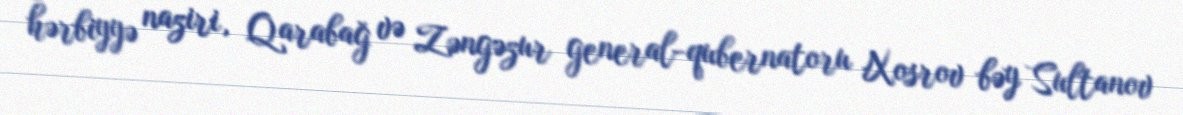
hərbiyyə naziri, Qarabağ və Zəngəzur general-qubernatoru Xosrov bəy Sultanov